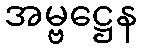
အမ္ဗဋ္ဌေန